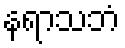
နရာသဘံ